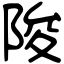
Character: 陖